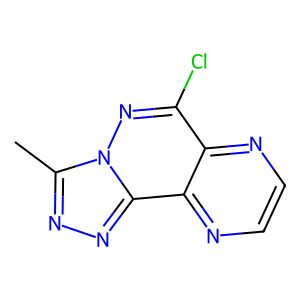
SMILES: Cc1nnc2c3nccnc3c(Cl)nn12
Inhibits HIV replication: No